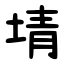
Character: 埥